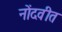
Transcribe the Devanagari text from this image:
नोंदवीत